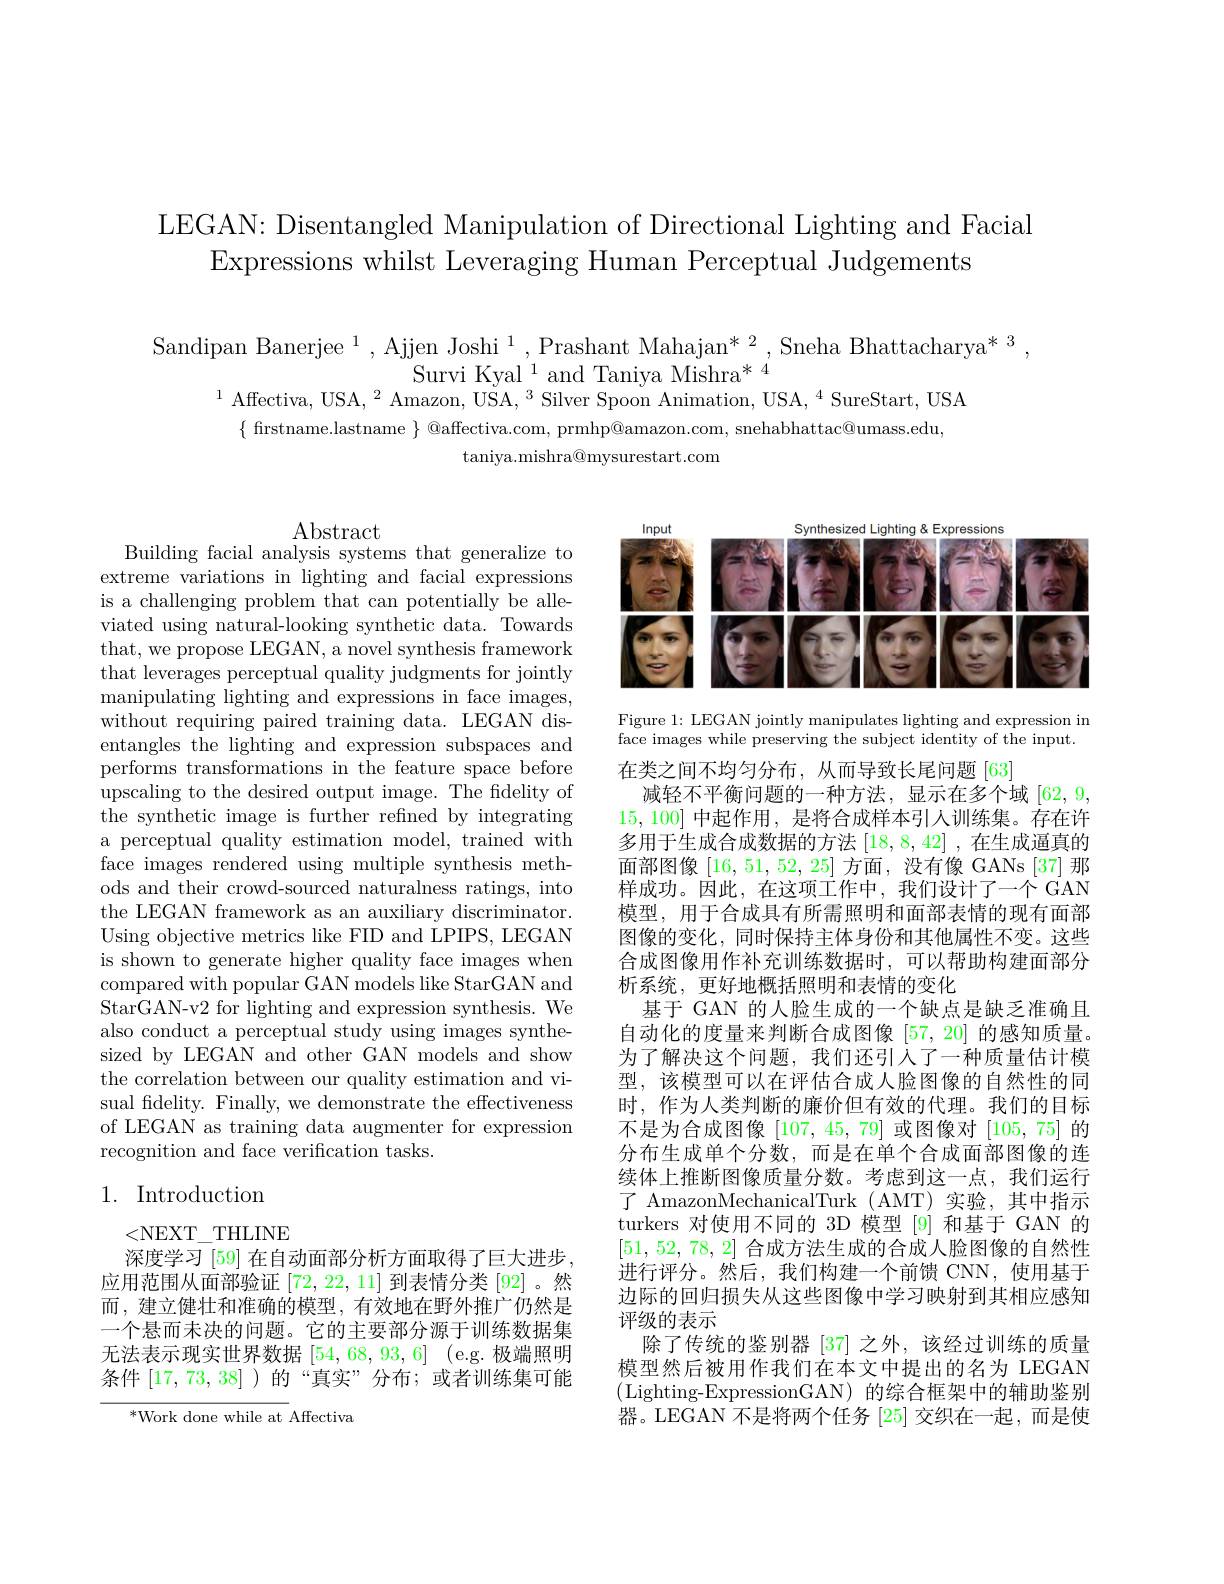
LEGAN: Disentangled Manipulation of Directional Lighting and Facial
Expressions whilst Leveraging Human Perceptual Judgements

Sandipan Banerjee $^1,\text{Ajjen Joshi}^{1},\text{Prashant Mahajan}^{*2}$,Sneha Bhattacharya$^*^3$
Survi Kyal$^{\prime}$and Taniya Mishra*4
$^{1}$ Affectiva, USA, $^2$ Amazon, USA, $^3$ Silver Spoon Animation, USA,$^4$ SureStart, USA
$\{$ firstname.lastname $\}$ @affectiva.com, prmhp@amazon.com, snehabhattac@umass.edu,
${\mathrm{taniya.mishra@mysurestart.com}}$

$\operatorname{Abstract}$
Building facial analysis systems that generalize to

<FigureHere>

Figure 1: LEGAN jointly manipulates lighting and expression in face images while preserving the subject identity of the input.

extreme variations in lighting and facial expressions is a challenging problem that can potentially be alleviated using natural-looking synthetic data. Towards that, we propose LEGAN, a novel synthesis framework that leverages perceptual quality judgments for jointly manipulating lighting and expressions in face images, without requiring paired training data. LEGAN disentangles the lighting and expression subspaces and performs transformations in the feature space before upscaling to the desired output image. The fidelity of the synthetic image is further refined by integrating a perceptual quality estimation model, trained with face images rendered using multiple synthesis methods and their crowd-sourced naturalness ratings, into the LEGAN framework as an auxiliary discriminator. Using objective metrics like FID and LPIPS, LEGAN is shown to generate higher quality face images when compared with popular GAN models like StarGAN and StarGAN-v2 for lighting and expression synthesis. We also conduct a perceptual study using images synthesized by LEGAN and other GAN models and show the correlation between our quality estimation and visual fidelity. Finally, we demonstrate the effectiveness of LEGAN as training data augmenter for expression recognition and face verification tasks.

在类之间不均匀分布，从而导致长尾问题 [63]
减轻不平衡问题的一种方法，显示在多个域[62,9, 15,100]中起作用，是将合成样本引人训练集。存在许多用于生成合成数据的方法[18,8,42] ,在生成逼真的面部图像[16,51,52,25]方面，没有像 GANs [37] 那样成功。因此，在这项工作中，我们设计了一个 GAN 模型，用于合成具有所需照明和面部表情的现有面部图像的变化，同时保持主体身份和其他属性不变。这些合成图像用作补充训练数据时，可以帮助构建面部分析系统，更好地概括照明和表情的变化
基于 GAN 的人脸生成的一个缺点是缺乏准确且自动化的度量来判断合成图像[57,20]的感知质量。为了解决这个问题，我们还引人了一种质量估计模型，该模型可以在评估合成人脸图像的自然性的同时，作为人类判断的廉价但有效的代理。我们的目标不是为合成图像[107,45,79]或图像对[105,75]的分布生成单个分数，而是在单个合成面部图像的连续体上推断图像质量分数。考虑到这一点，我们运行了 AmazonMechanicalTurk (AMT)实验，其中指示turkers 对使用不同的 3D 模型 [9] 和基于 GAN 的[51,52,78,2]合成方法生成的合成人脸图像的自然性进行评分。然后，我们构建一个前馈 CNN,使用基于边际的回归损失从这些图像中学习映射到其相应感知评级的表示
除了传统的鉴别器[37] 之外，该经过训练的质量模型然后被用作我们在本文中提出的名为 LEGAN (Lighting-ExpressionGAN)的综合框架中的辅助鉴别器。LEGAN 不是将两个任务[25]交织在一起，而是使

## 1. Introduction

<NEXT\_THLINE
深度学习[59]在自动面部分析方面取得了巨大进步应用范围从面部验证[72,22,11]到表情分类 [92]。然而，建立健壮和准确的模型，有效地在野外推广仍然是一个悬而未决的问题。它的主要部分源于训练数据集无法表示现实世界数据[54,68,93,6] (e.g. 极端照明条件[17,73,38] )的“真实”分布；或者训练集可能

$^*$Work done while at Affectiva